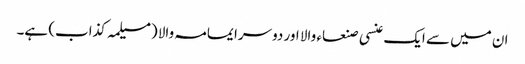
ان میں سے ایک عنسی صنعاء والا اور دوسرا یمامہ والا (مسیلمہ کذاب) ہے۔